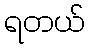
ရတယ်